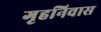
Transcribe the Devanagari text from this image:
गृहनिवास